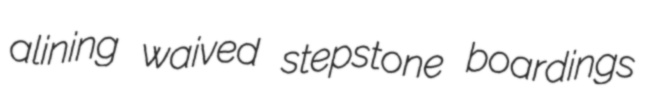
alining waived stepstone boardings